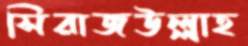
সিরাজউল্লাহ